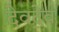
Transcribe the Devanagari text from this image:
देवदेव